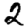
Digit: 2